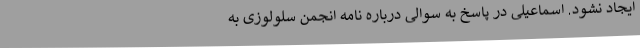
ایجاد نشود. اسماعیلی در پاسخ به سوالی درباره نامه انجمن سلولوزی به